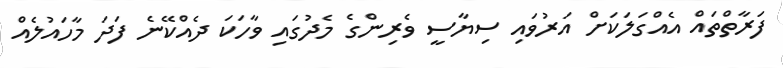
ފަރާތްތައް އެއްގަލަކަށް އަރުވައި ސިޔާސީ ވެރިންގެ މެދުގައި ވާހަކަ ދެއްކޭނެ ފަދަ މާހައުލެއް